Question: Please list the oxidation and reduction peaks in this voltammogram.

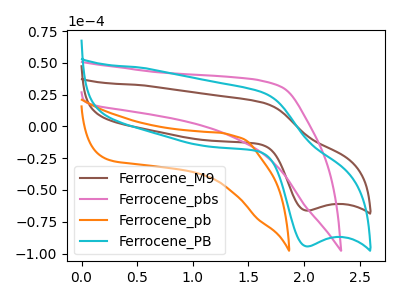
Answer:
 <answer>The brown curve "Ferrocene_M9" has an anodic peak at (1.65V, 18.45uA) and a cathodic peak at (2.00V, -66.20uA). The pink curve "Ferrocene_pbs" has no peaks. The orange curve "Ferrocene_pb" has no peaks. The cyan curve "Ferrocene_PB" has an anodic peak at (1.65V, 26.35uA) and a cathodic peak at (2.00V, -94.35uA).</answer>
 <eval></eval>